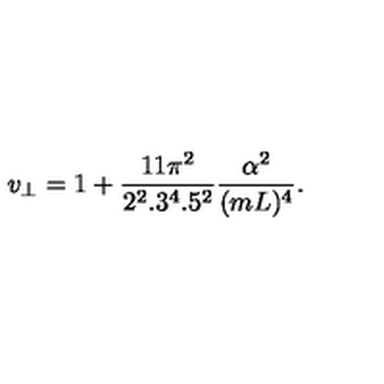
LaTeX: v _ { \bot } = 1 + { \frac { 1 1 \pi ^ { 2 } } { 2 ^ { 2 } . 3 ^ { 4 } . 5 ^ { 2 } } } { \frac { \alpha ^ { 2 } } { ( m L ) ^ { 4 } } } .